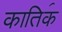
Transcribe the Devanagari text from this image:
काति॔क